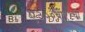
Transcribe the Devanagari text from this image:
ए३००बी११ची